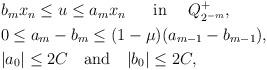
LaTeX: \begin{align*}\begin{aligned} &b_mx_n\leq u\leq a_mx_n~~~~\mbox{ in}~~~~Q^+_{2^{-m}},\\ &0\leq a_m-b_m\leq (1-\mu)(a_{m-1}-b_{m-1}),\\ &|a_0|\leq 2C~~\mbox{ and }~~|b_0|\leq 2C,\end{aligned}\end{align*}